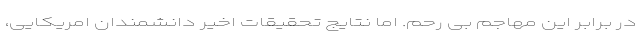
در برابر این مهاجم بی رحم. اما نتایج تحقیقات اخیر دانشمندان امریکایی،